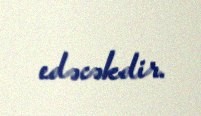
edəcəkdir.